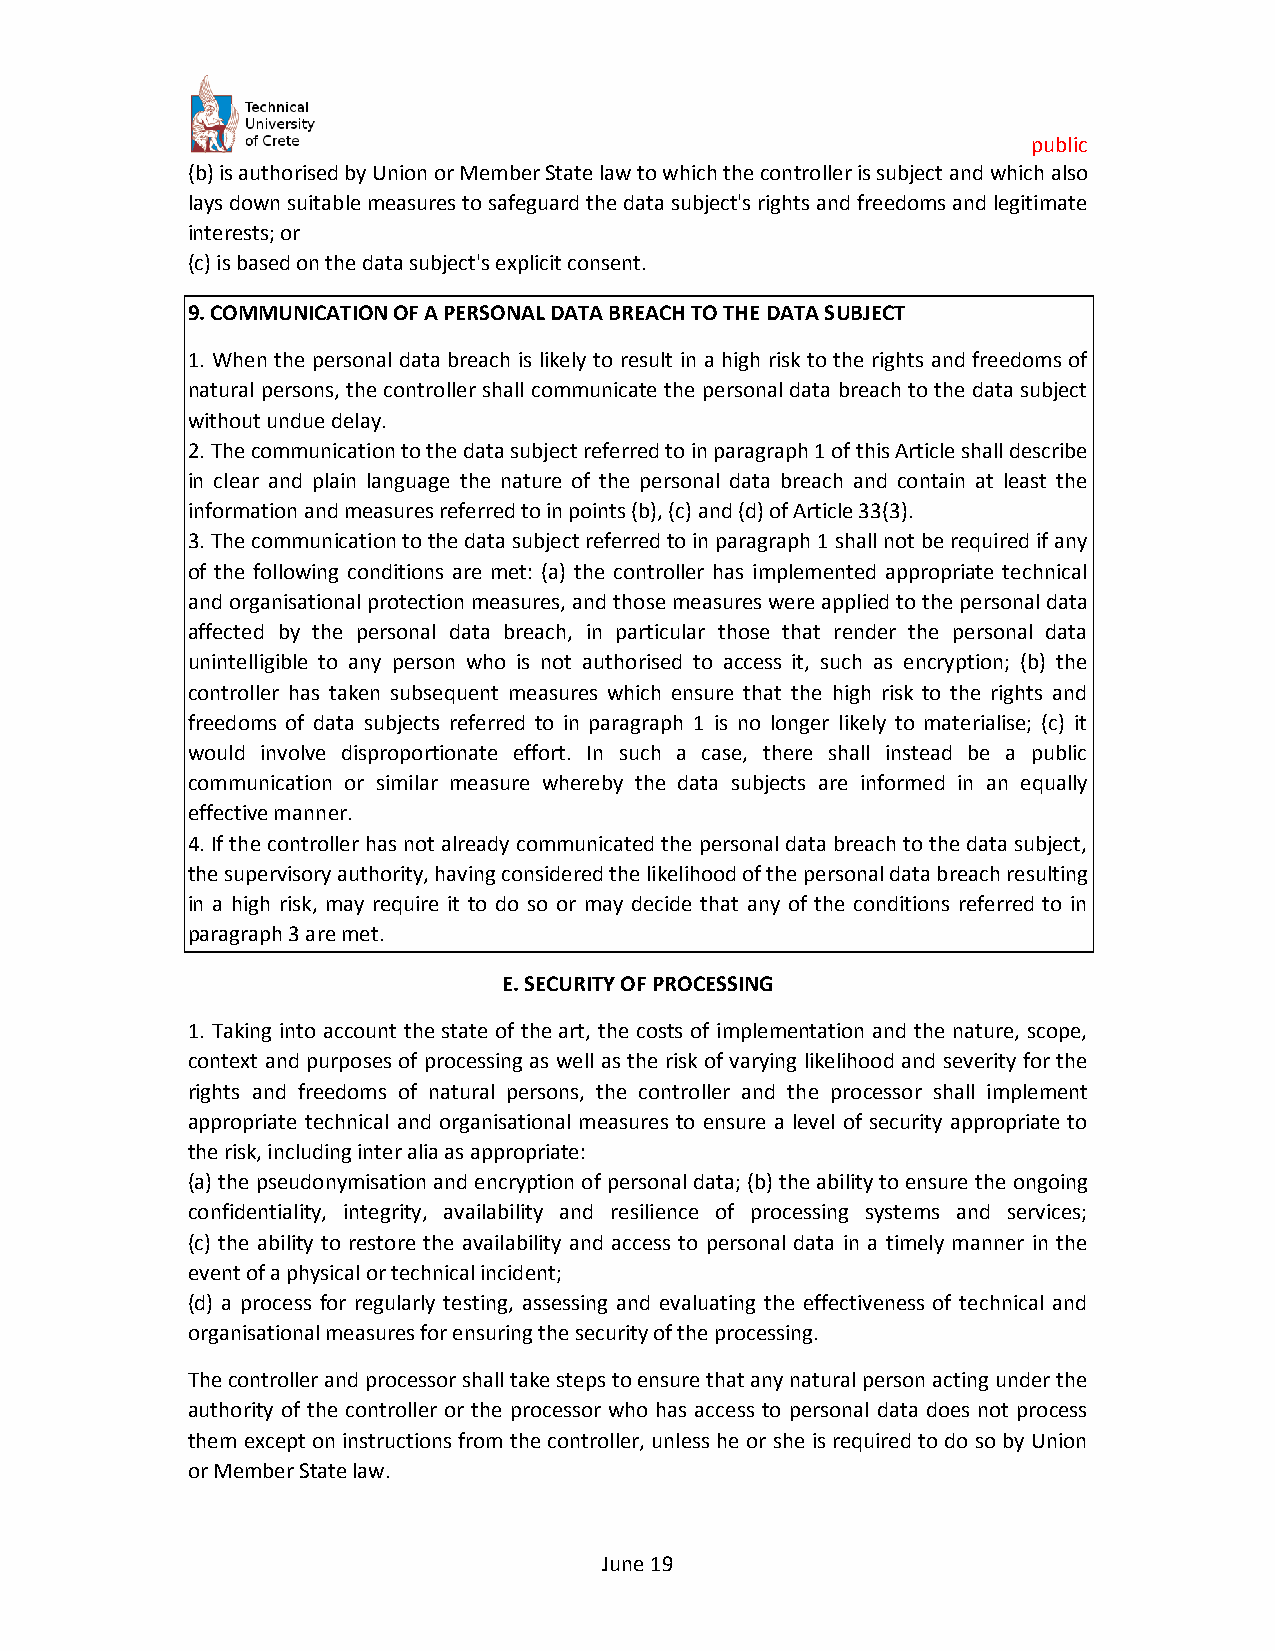
public
 (b) is authorised by Union or Member State law to which the controller is subject and which also
 lays down suitable measures to safeguard the data subject's rights and freedoms and legitimate
 interests; or
 (c) is based on the data subject's explicit consent.
 9. COMMUNICATION OF A PERSONAL DATA BREACH TO THE DATA SUBJECT
 1. When the personal data breach is likely to result in a high risk to the rights and freedoms of
 natural persons, the controller shall communicate the personal data breach to the data subject
 without undue delay.
 2. The communication to the data subject referred to in paragraph 1 of this Article shall describe
 in clear and plain language the nature of the personal data breach and contain at least the
 information and measures referred to in points (b), (c) and (d) of Article 33(3).
 3. The communication to the data subject referred to in paragraph 1 shall not be required if any
 of the following conditions are met: (a) the controller has implemented appropriate technical
 and organisational protection measures, and those measures were applied to the personal data
 affected by the personal data breach, in particular those that render the personal data
 unintelligible to any person who is not authorised to access it, such as encryption; (b) the
 controller has taken subsequent measures which ensure that the high risk to the rights and
 freedoms of data subjects referred to in paragraph 1 is no longer likely to materialise; (c) it
 would involve disproportionate effort. In such a case, there shall instead be a public
 communication or similar measure whereby the data subjects are informed in an equally
 effective manner.
 4. If the controller has not already communicated the personal data breach to the data subject,
 the supervisory authority, having considered the likelihood of the personal data breach resulting
 in a high risk, may require it to do so or may decide that any of the conditions referred to in
 paragraph 3 are met.
 E. SECURITY OF PROCESSING
 1. Taking into account the state of the art, the costs of implementation and the nature, scope,
 context and purposes of processing as well as the risk of varying likelihood and severity for the
 rights and freedoms of natural persons, the controller and the processor shall implement
 appropriate technical and organisational measures to ensure a level of security appropriate to
 the risk, including inter alia as appropriate:
 (a) the pseudonymisation and encryption of personal data; (b) the ability to ensure the ongoing
 confidentiality, integrity, availability and resilience of processing systems and services;
 (c) the ability to restore the availability and access to personal data in a timely manner in the
 event of a physical or technical incident;
 (d) a process for regularly testing, assessing and evaluating the effectiveness of technical and
 organisational measures for ensuring the security of the processing.
 The controller and processor shall take steps to ensure that any natural person acting under the
 authority of the controller or the processor who has access to personal data does not process
 them except on instructions from the controller, unless he or she is required to do so by Union
 or Member State law.
 June 19